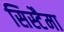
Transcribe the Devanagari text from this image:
सिस्टैमा